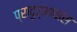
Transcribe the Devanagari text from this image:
प्रादुर्भावास